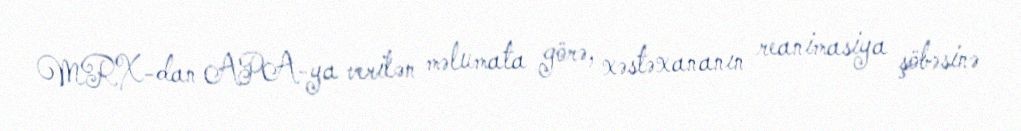
MRX-dan APA-ya verilən məlumata görə, xəstəxananın reanimasiya şöbəsinə